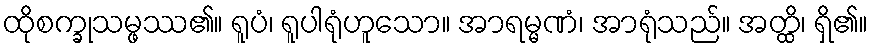
ထိုစက္ခုသမ္ဖဿ၏။ ရူပံ၊ ရူပါရုံဟူသော။ အာရမ္မဏံ၊ အာရုံသည်။ အတ္ထိ၊ ရှိ၏။